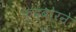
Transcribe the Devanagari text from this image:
फूद्बोरने